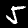
Label: 5